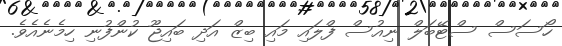
ހޯސަސް ސްޓޭބަލް ނިއުސް ފްލައި މައި ބިޒް އަދި ބައިޖޫ ކުންފުނި ހިމެނެއެވެ.